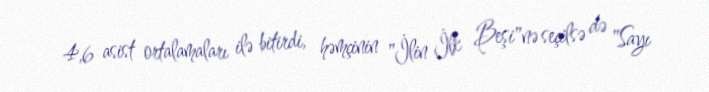
4,6 asist ortalamaları ilə bitirdi, həmçinin "İlin İlk Beşi"nə seçilsə də "Sayı